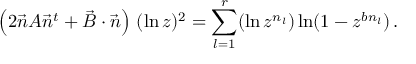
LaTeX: \left( 2 \vec { n } A \vec { n } ^ { t } + \vec { B } \cdot \vec { n } \right) \, ( \ln z ) ^ { 2 } = \sum _ { l = 1 } ^ { r } ( \ln z ^ { n _ { l } } ) \ln ( 1 - z ^ { b n _ { l } } ) \, .